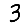
Digit: 3